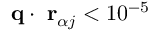
{ \bf q } \cdot { \bf \delta r } _ { \alpha j } < 1 0 ^ { - 5 }